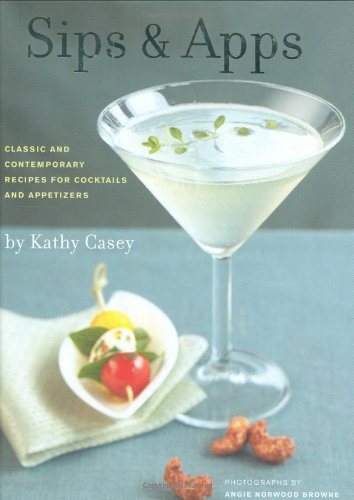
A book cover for Sips & Apps: Classic and Contemporary Recipes for Cocktails and Appetizers; Kathy Casey; Cookbooks, Food & Wine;